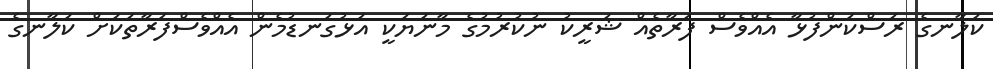
ކަލާނގެ ރަސްކަންފުޅާ އެއްވެސް ފަރާތެއް ޝަރީކު ނުކުރުމުގެ މާނަޔަކީ އަޅުގަނޑުމެން އެއްވެސްފަރާތަކަށް ކަލާނގެ